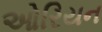
ઓરિયન